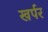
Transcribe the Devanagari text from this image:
खर्पर